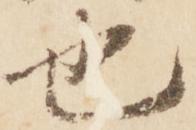
也